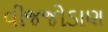
વીજજોડાણ